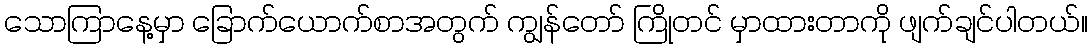
သောကြာနေ့မှာ ခြောက်ယောက်စာအတွက် ကျွန်တော် ကြိုတင် မှာထားတာကို ဖျက်ချင်ပါတယ်။